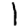
Digit: 1